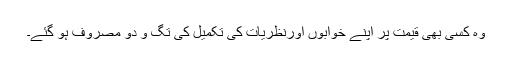
وہ کسی بھی قیمت پر اپنے خوابوں اورنظریات کی تکمیل کی تگ و دو مصروف ہو گئے۔